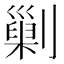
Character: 𠟾